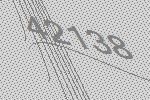
42138